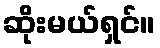
ဆိုးမယ်ရှင်။